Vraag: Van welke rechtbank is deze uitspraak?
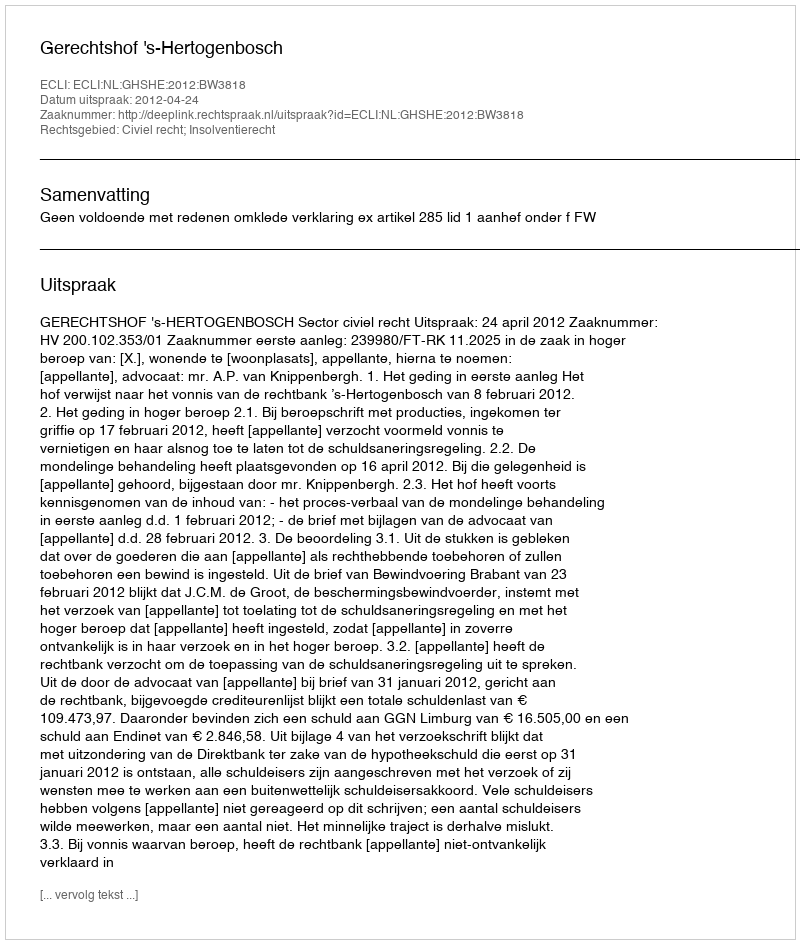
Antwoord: Gerechtshof 's-Hertogenbosch